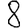
Digit: 8